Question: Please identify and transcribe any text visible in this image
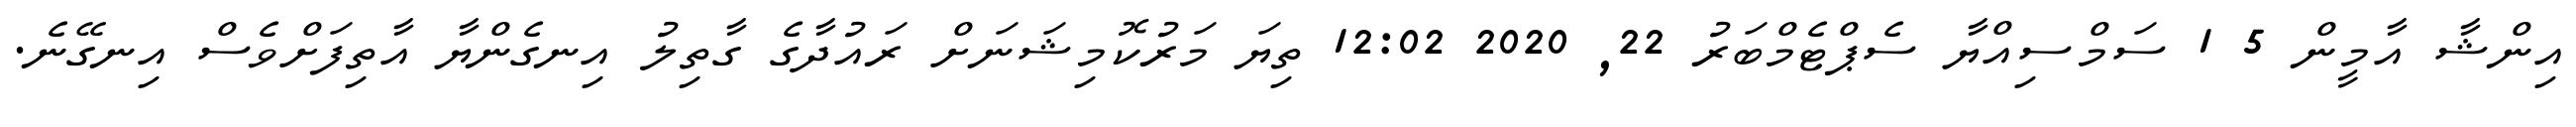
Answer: އިންޝާ އާމީން 5 1 ސަމްސިއްޔާ ސެޕްޓެމްބަރު 22, 2020 12:02 ތިޔަ މަރުކޮމިޝަނަށް ރައުދާގެ ގާތިލު އިނގެންޔާ އާތިފަށްވެސް އިނގޭނެ.